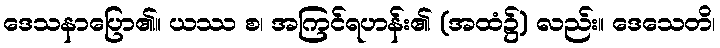
ဒေသနာပြော၏။ ယဿ စ၊ အကြင်ရဟန်း၏ (အထံ၌) လည်း။ ဒေသေတိ၊